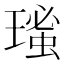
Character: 𤨚